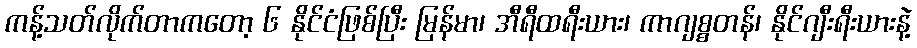
ကန့်သတ်လိုက်တာကတော့ ၆ နိုင်ငံဖြစ်ပြီး မြန်မာ၊ အီရီထရီးယား၊ ကာဂျစ္စတန်၊ နိုင်ဂျီးရီးယားနဲ့